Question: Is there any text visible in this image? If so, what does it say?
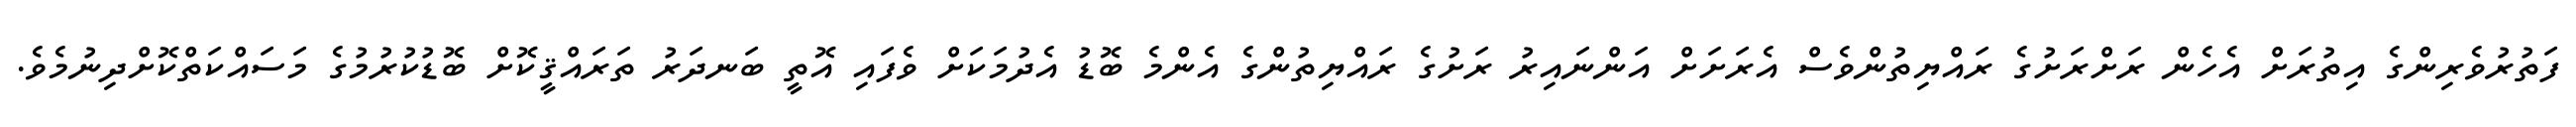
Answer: ފަތުރުވެރިންގެ އިތުރަށް އެހެން ރަށްރަށުގެ ރައްޔިތުންވެސް އެރަށަށް އަންނައިރު ރަށުގެ ރައްޔިތުންގެ އެންމެ ބޮޑު އެދުމަކަށް ވެފައި އޮތީ ބަނދަރު ތަރައްޤީކޮށް ބޮޑުކުރުމުގެ މަސައްކަތްކޮށްދިނުމެވެ.